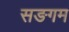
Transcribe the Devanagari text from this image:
सङगम